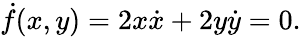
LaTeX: {\dot{f}}(x,y)=2x{\dot{x}}+2y{\dot{y}}=0.